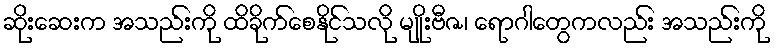
ဆိုးဆေးက အသည်းကို ထိခိုက်စေနိုင်သလို မျိုးဗီဇ၊ ရောဂါတွေကလည်း အသည်းကို